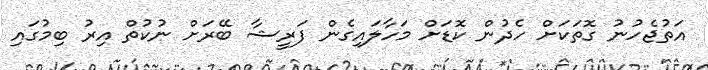
އަތުޖެހުނު ގޮތަކަށް ހެދުން ކޮޑަށް މަހާލައިގެން ފަރީޝާ ބޭރަށް ނުކުތް އިރު ބިމުގައި